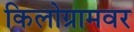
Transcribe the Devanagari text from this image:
किलोग्रामवर